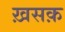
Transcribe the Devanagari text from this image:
ख़सक़